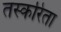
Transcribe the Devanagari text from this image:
तस्करिता